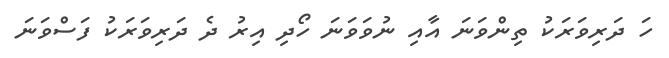
ހަ ދަރިވަރަކު ތިންވަނަ އާއި ނުވަވަނަ ހޯދި އިރު ދެ ދަރިވަރަކު ފަސްވަނަ